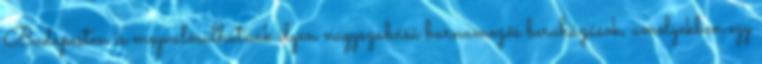
Budapesten is megvalósulhatnak ilyen nagyszabású barnamezős beruházások, amelyekben egy